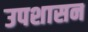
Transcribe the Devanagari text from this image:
उपशासन